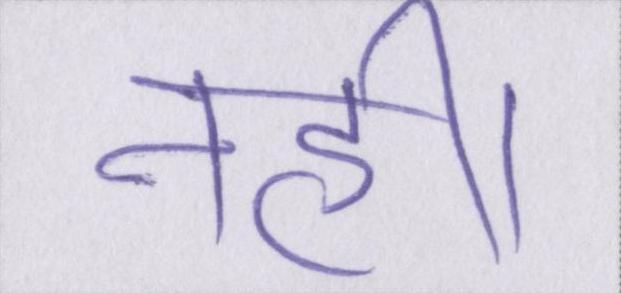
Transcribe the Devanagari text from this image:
नहीं।